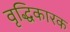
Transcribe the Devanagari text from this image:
वृद्धिकारक